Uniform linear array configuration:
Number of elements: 64
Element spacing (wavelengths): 1
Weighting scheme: hann
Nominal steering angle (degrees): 60
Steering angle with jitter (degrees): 59.915
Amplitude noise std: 0.05
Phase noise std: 0.05

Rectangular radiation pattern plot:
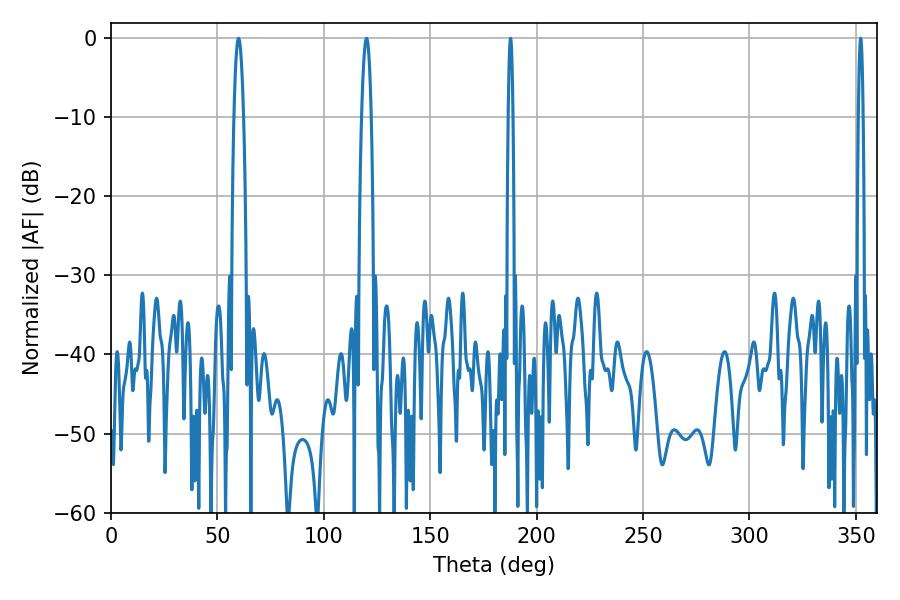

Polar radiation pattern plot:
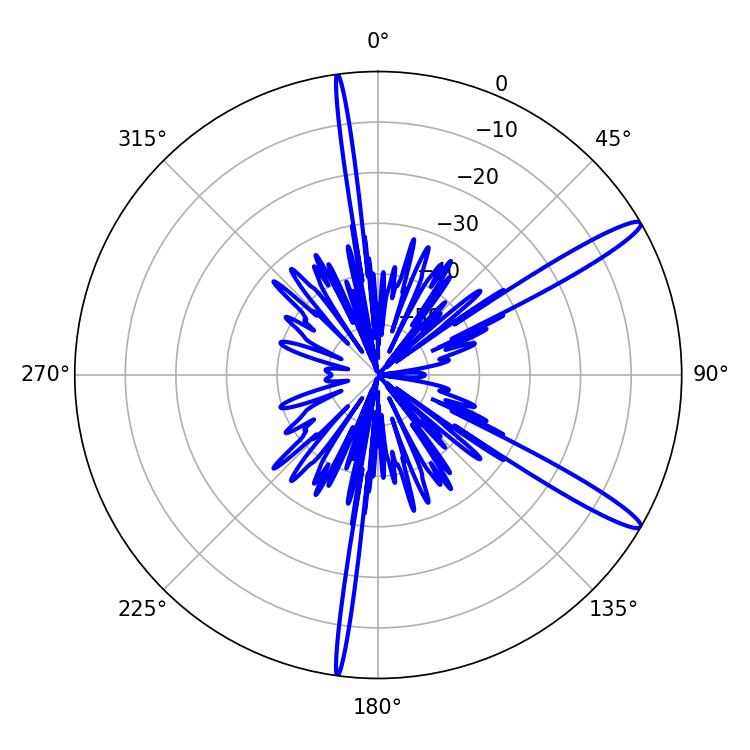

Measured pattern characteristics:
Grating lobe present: TRUE
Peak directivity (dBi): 14.211
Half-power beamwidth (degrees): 1.08
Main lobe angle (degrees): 187.74